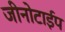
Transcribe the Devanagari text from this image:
जीनोटाईप